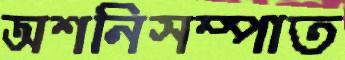
অশনিসম্পাত